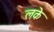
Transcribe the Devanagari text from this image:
लके